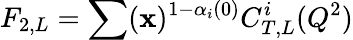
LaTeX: F_{2,L}=\sum(\mathbf{x})^{1-\alpha_{i}(0)}C_{T,L}^{i}(Q^{2})